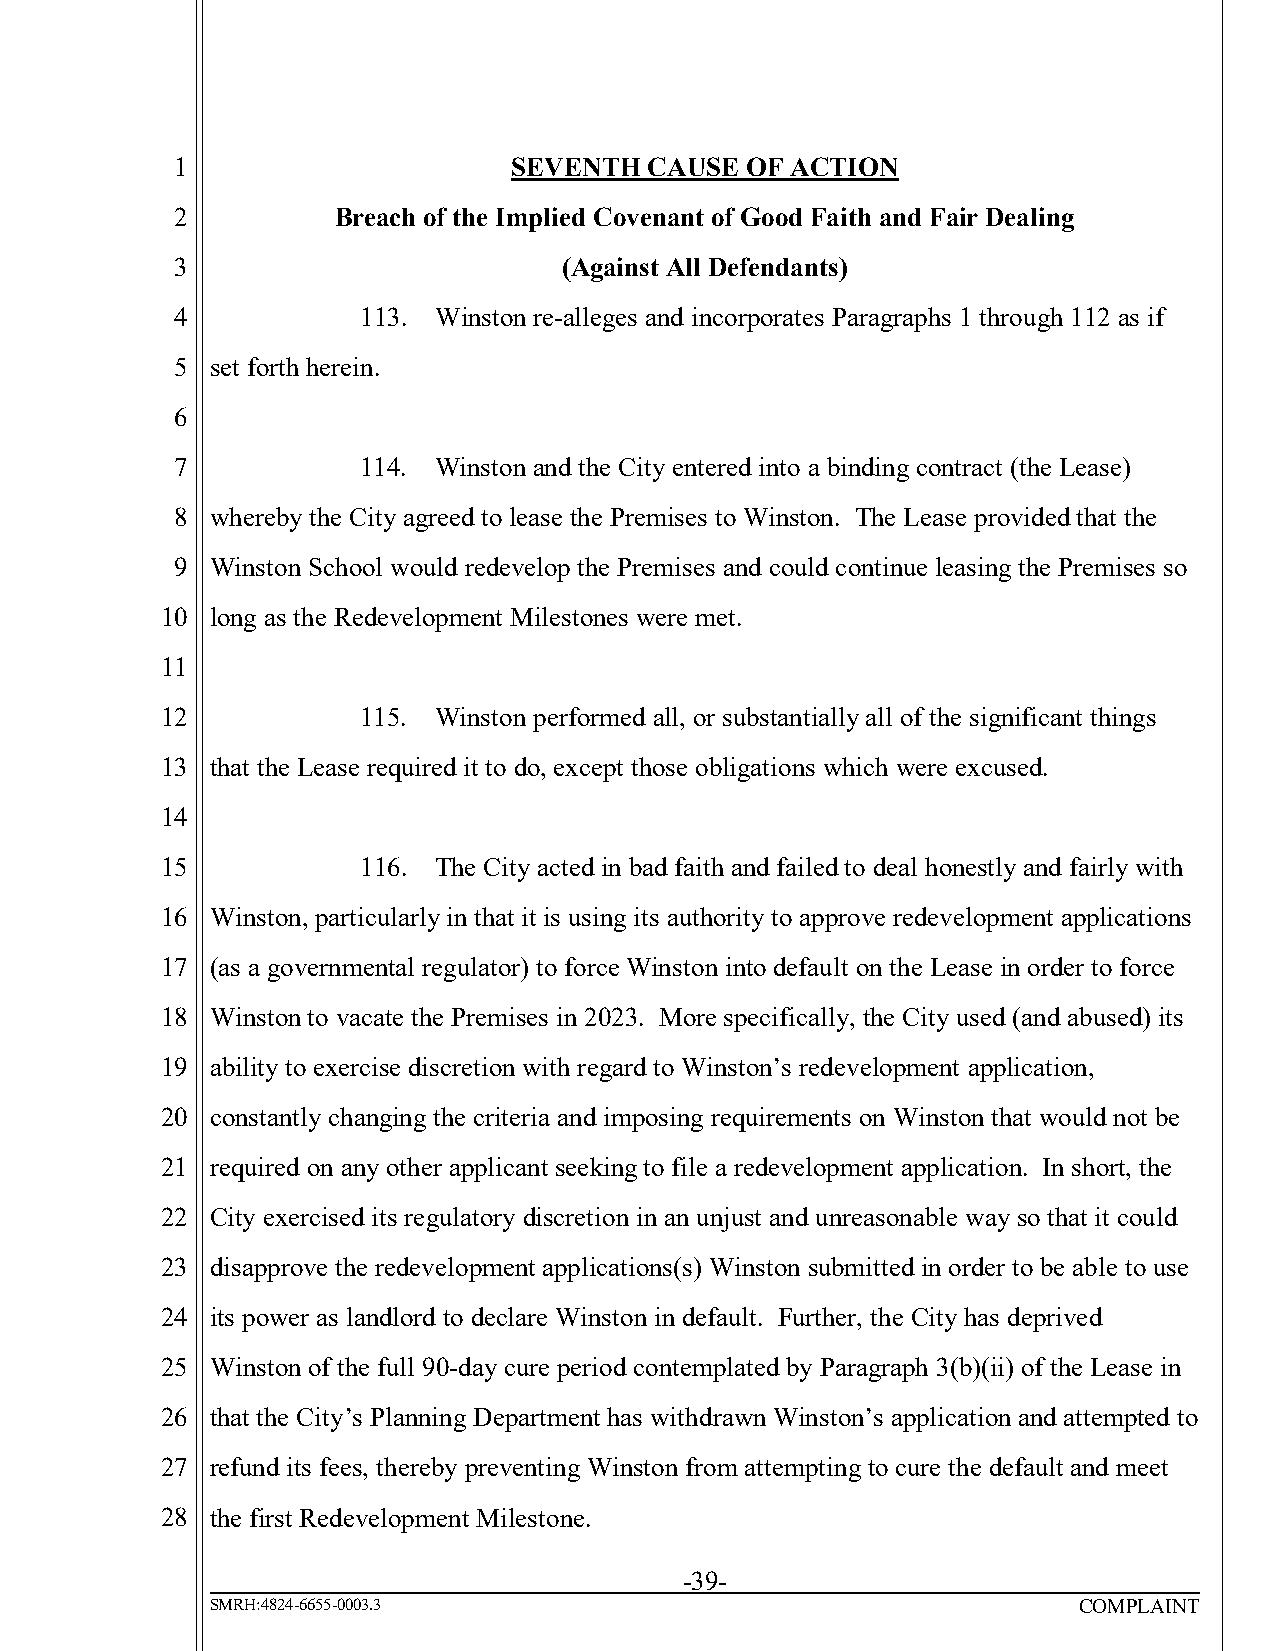
1                     SEVENTH  CAUSE OF ACTION
 2         Breach of the Implied Covenant of Good Faith and Fair Dealing
 3                        (Against All Defendants)
 4           113. Winston re-alleges and incorporates Paragraphs 1 through 112 as if
 5 set forth herein.
 6
 7           114. Winston and the City entered into a binding contract (the Lease)
 8 whereby the City agreed to lease the Premises to Winston. The Lease provided that the
 9 Winston School would redevelop the Premises and could continue leasing the Premises so
 10 long as the Redevelopment Milestones were met.
 11
 12           115. Winston performed all, or substantially all of the significant things
 13 that the Lease required it to do, except those obligations which were excused.
 14
 15           116. The City acted in bad faith and failed to deal honestly and fairly with
 16 Winston, particularly in that it is using its authority to approve redevelopment applications
 17 (as a governmental regulator) to force Winston into default on the Lease in order to force
 18 Winston to vacate the Premises in 2023. More specifically, the City used (and abused) its
 19 ability to exercise discretion with regard to Winston’s redevelopment application,
 20 constantly changing the criteria and imposing requirements on Winston that would not be
 21 required on any other applicant seeking to file a redevelopment application. In short, the
 22 City exercised its regulatory discretion in an unjust and unreasonable way so that it could
 23 disapprove the redevelopment applications(s) Winston submitted in order to be able to use
 24 its power as landlord to declare Winston in default. Further, the City has deprived
 25 Winston of the full 90-day cure period contemplated by Paragraph 3(b)(ii) of the Lease in
 26 that the City’s Planning Department has withdrawn Winston’s application and attempted to
 27 refund its fees, thereby preventing Winston from attempting to cure the default and meet
 28 the first Redevelopment Milestone.
 -39-
 SMRH:4824-6655-0003.3                                    COMPLAINT